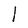
Character: l